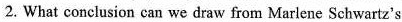
2. What conclusion can we draw from Marlene Schwartz's